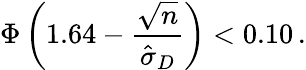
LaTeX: \Phi\left(1.64-{\frac{\sqrt{n}}{{\hat{\sigma}}_{D}}}\right)<0.10\, .